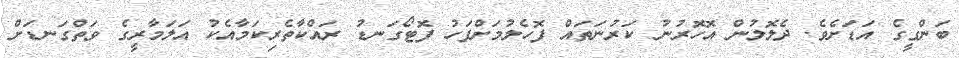
ބަންގީގެ އަޑަށެވެ. ދެލޮލުން އޮހޮރުނު ކަރުނަތައް ފޮހެލުމަށްފަހު ފޮޓޯގަނޑު ރައްކާތެރިކަމާއެކު އަލަމާރީގެ ވަތްގަނޑަށް